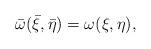
LaTeX: \begin{align*}\bar{\omega}(\bar{\xi} , \bar{\eta})=\omega(\xi,\eta),\end{align*}